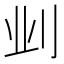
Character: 𫥺